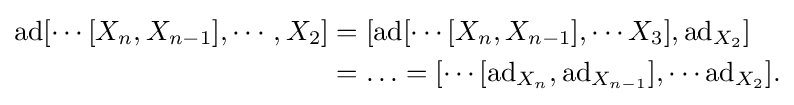
{\begin{aligned}\mathrm {ad} [\cdots [X_{n},X_{n-1}],\cdots ,X_{2}]&=[\mathrm {ad} [\cdots [X_{n},X_{n-1}],\cdots X_{3}],\mathrm {ad} _{X_{2}}]\\&=\ldots =[\cdots [\mathrm {ad} _{X_{n}},\mathrm {ad} _{X_{n-1}}],\cdots \mathrm {ad} _{X_{2}}].\end{aligned}}